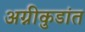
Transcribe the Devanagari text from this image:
अग्नीकुडांत